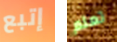
إتبع تعلم